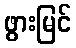
ဖွားမြင်